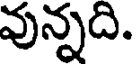
వున్నది.